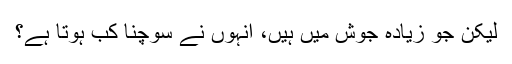
لیکن جو زیادہ جوش میں ہیں، انہوں نے سوچنا کب ہوتا ہے؟